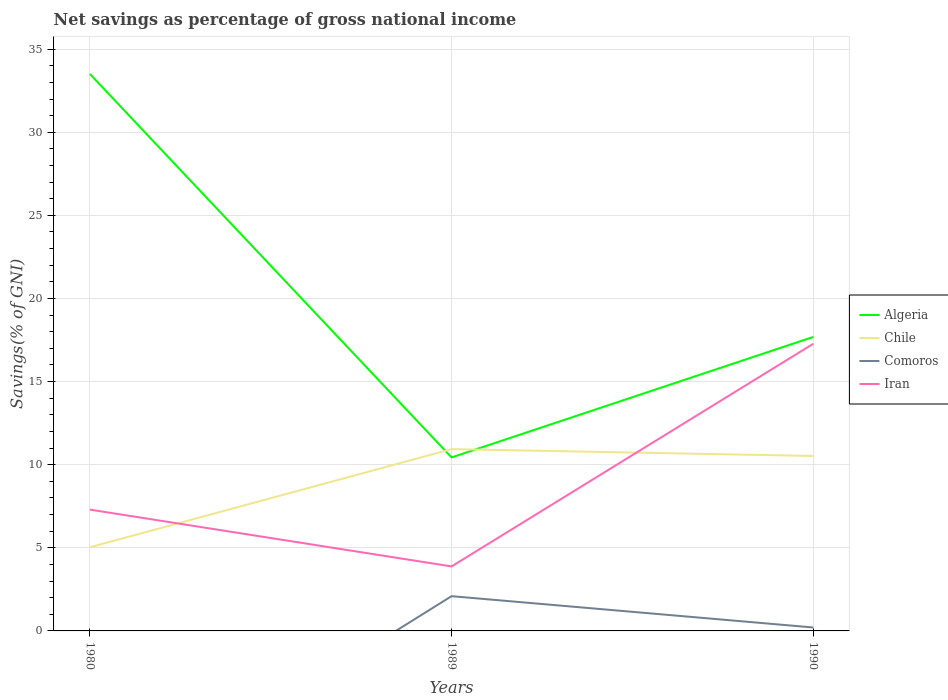
| Years | Algeria | Chile | Comoros | Iran |
 | --- | --- | --- | --- | --- |
 | 1980 | 33.5 | 5.03 | -11.5 | 7.3 |
 | 1989 | 10.4 | 10.9 | 2.09 | 3.88 |
 | 1990 | 17.7 | 10.5 | 0.207 | 17.3 |